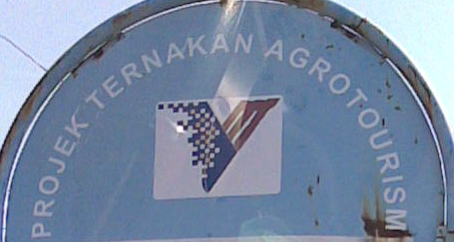
PROJEK TERNAKAN AGROTOURISM